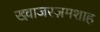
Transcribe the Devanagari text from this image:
ख्व़ाजरज़मशाह